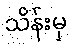
သိန်းမှ